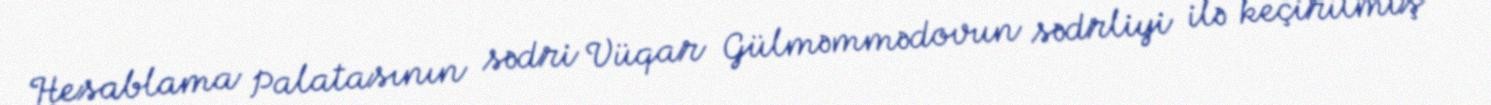
Hesablama Palatasının sədri Vüqar Gülməmmədovun sədrliyi ilə keçirilmiş